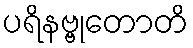
ပရိနဗ္ဗုတောတိ